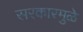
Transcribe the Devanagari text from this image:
सरकारमुळे